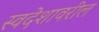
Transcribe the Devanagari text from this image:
स्वदेशावरील